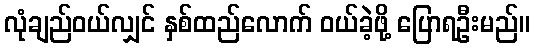
လုံချည်ဝယ်လျှင် နှစ်ထည်လောက် ဝယ်ခဲ့ဖို့ ပြောရဦးမည်။